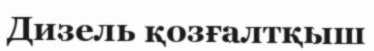
Дизель қозғалтқыш